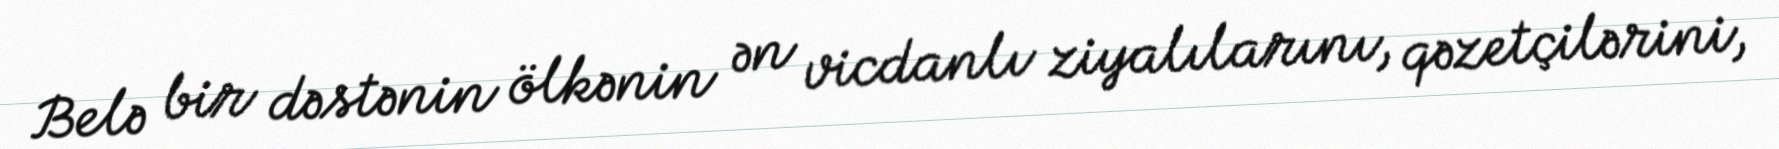
Belə bir dəstənin ölkənin ən vicdanlı ziyalılarını, qəzetçilərini,